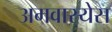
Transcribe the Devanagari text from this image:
अमवास्येस